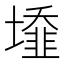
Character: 𡒁